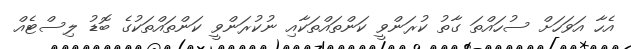
އެހާ އަވަހަށް ސުހައްތަ ގާތު ކުރަންވީ ކަންތައްތަކާއި ނުކުރަންވީ ކަންތައްތަކުގެ ބޮޑު ލިސްޓެއް